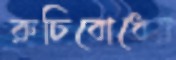
রুচিবোধের